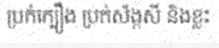
ប្រក់ក្បឿង ប្រក់ស័ង្កសី និងខ្លះ